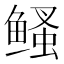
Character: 鳋